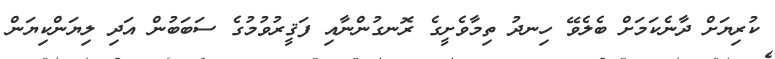
ކުރިޔަށް ދާނެކަމަށް ބެލެވޭ ހިނދު ތިމާވެށީގެ ރޮނގުންނާއި ފަޤީރުވުމުގެ ސަބަބުން އަދި ލިޔަންކިޔަން